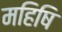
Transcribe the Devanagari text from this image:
महिषि